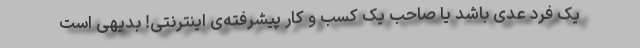
یک فرد عدی باشد یا صاحب یک کسب و کار پیشرفته‌ی اینترنتی! بدیهی است